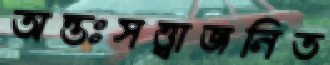
অন্তঃসত্ত্বাজনিত